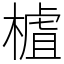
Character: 樝